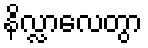
နိလ္လာလေတွာ